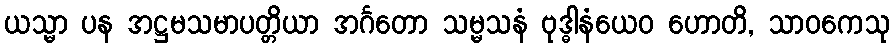
ယသ္မာ ပန အဋ္ဌမသမာပတ္တိယာ အင်္ဂတော သမ္မသနံ ဗုဒ္ဓါနံယေဝ ဟောတိ, သာဝကေသု